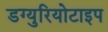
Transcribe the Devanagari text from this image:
डग्युरियोटाइप